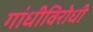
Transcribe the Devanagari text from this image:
गांधीविरोधी